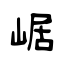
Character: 崌